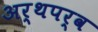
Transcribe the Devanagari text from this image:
अर्थपर्व